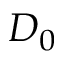
D _ { 0 }